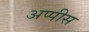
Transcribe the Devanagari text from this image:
अप्पीस